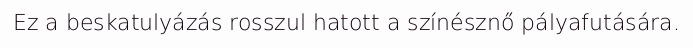
Ez a beskatulyázás rosszul hatott a színésznő pályafutására.